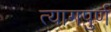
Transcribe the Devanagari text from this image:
त्यागपुर्ण